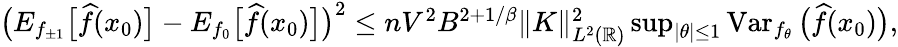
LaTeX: \begin{array}{r}{\big(E_{f_{\pm 1}}\big[\widehat f(x_{0})\big]-E_{f_{0}}\big[\widehat f(x_{0})\big]\big)^{2}\leq nV^{2}B^{2+1/\beta}\| K\| _{L^{2}({\mathbb R})}^{2}\operatorname*{sup}_{|\theta|\leq 1}\operatorname{Var}_{f_{\theta}}\big(\widehat f(x_{0})\big),}\end{array}